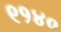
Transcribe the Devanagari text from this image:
९१४०